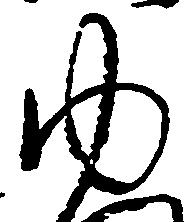
ゆ